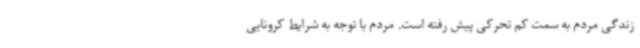
زندگی مردم به سمت کم تحرکی پیش رفته است. مردم با توجه به شرایط کرونایی